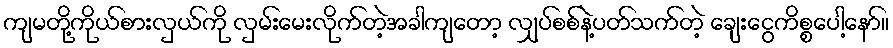
ကျမတို့ကိုယ်စားလှယ်ကို လှမ်းမေးလိုက်တဲ့အခါကျတော့ လျှပ်စစ်နဲ့ပတ်သက်တဲ့ ချေးငွေကိစ္စပေါ့နော်။